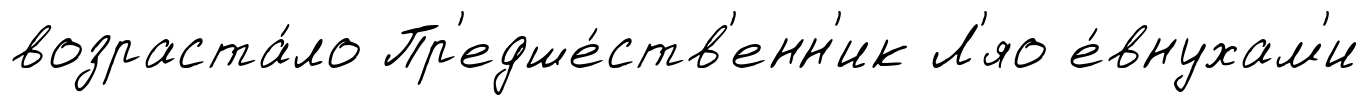
возраста́ло Пр'едше́ств'енн'ик Л'яо е́внухам'и